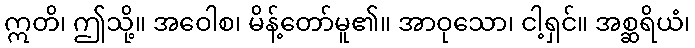
ဣတိ၊ ဤသို့။ အဝေါစ၊ မိန့်တော်မူ၏။ အာဝုသော၊ ငါ့ရှင်။ အစ္ဆရိယံ၊